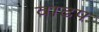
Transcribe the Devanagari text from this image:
वाढप